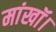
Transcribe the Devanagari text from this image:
मांखॉ।